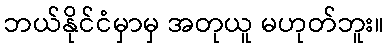
ဘယ်နိုင်ငံမှာမှ အတုယူ မဟုတ်ဘူး။